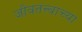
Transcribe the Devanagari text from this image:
जीवतत्त्वाच्या